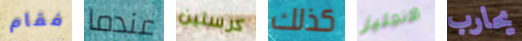
فقام عندما كرستين كذلك الانجليز يحارب